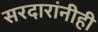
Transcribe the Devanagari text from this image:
सरदारांनीही